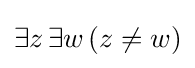
\exists z\,\exists w\,(z\not =w)